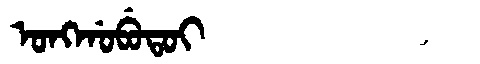
Manchu: ᠣᠩᡤᠣᠪᡠᡨᠣᡳ
Romanization: ONGGOBUTOI